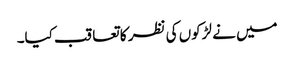
میں نے لڑکوں کی نظر کا تعاقب کیا۔